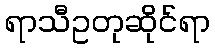
ရာသီဥတုဆိုင်ရာ